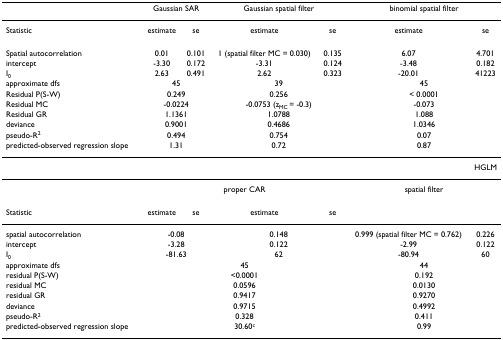
<table><thead><tr><td></td><td colspan="2"><b>Gaussian SAR</b></td><td colspan="2"><b>Gaussian spatial filter</b></td><td colspan="2"><b>binomial spatial filter</b></td></tr></thead><tbody><tr><td>Statistic</td><td>estimate</td><td>se</td><td>estimate</td><td>se</td><td>estimate</td><td>se</td></tr><tr><td>Spatial autocorrelation</td><td>0.01</td><td>0.101</td><td>1 (spatial filter MC = 0.030)</td><td>0.135</td><td>6.07</td><td>4.701</td></tr><tr><td>intercept</td><td>-3.30</td><td>0.172</td><td>-3.31</td><td>0.124</td><td>-3.48</td><td>0.182</td></tr><tr><td>I<sub>0</sub></td><td>2.63</td><td>0.491</td><td>2.62</td><td>0.323</td><td>-20.01</td><td>41223</td></tr><tr><td>approximate dfs</td><td colspan="2">45</td><td colspan="2">39</td><td colspan="2">45</td></tr><tr><td>Residual P(S-W)</td><td colspan="2">0.249</td><td colspan="2">0.256</td><td colspan="2">&lt; 0.0001</td></tr><tr><td>Residual MC</td><td colspan="2">-0.0224</td><td colspan="2">-0.0753 (z<sub>MC </sub>= -0.3)</td><td colspan="2">-0.073</td></tr><tr><td>Residual GR</td><td colspan="2">1.1361</td><td colspan="2">1.0788</td><td colspan="2">1.088</td></tr><tr><td>deviance</td><td colspan="2">0.9001</td><td colspan="2">0.4686</td><td colspan="2">1.0346</td></tr><tr><td>pseudo-R<sup>2</sup></td><td colspan="2">0.494</td><td colspan="2">0.754</td><td colspan="2">0.07</td></tr><tr><td>predicted-observed regression slope</td><td colspan="2">1.31</td><td colspan="2">0.72</td><td colspan="2">0.87</td></tr><tr><td colspan="7">HGLM</td></tr><tr><td></td><td colspan="4">proper CAR</td><td colspan="2">spatial filter</td></tr><tr><td>Statistic</td><td>estimate</td><td>se</td><td>estimate</td><td>se</td><td></td><td></td></tr><tr><td>spatial autocorrelation</td><td colspan="2">-0.08</td><td colspan="2">0.148</td><td>0.999 (spatial filter MC = 0.762)</td><td>0.226</td></tr><tr><td>intercept</td><td colspan="2">-3.28</td><td colspan="2">0.122</td><td>-2.99</td><td>0.122</td></tr><tr><td>I<sub>0</sub></td><td colspan="2">-81.63</td><td colspan="2">62</td><td>-80.94</td><td>60</td></tr><tr><td>approximate dfs</td><td colspan="4">45</td><td colspan="2">44</td></tr><tr><td>residual P(S-W)</td><td colspan="4">&lt;0.0001</td><td colspan="2">0.192</td></tr><tr><td>residual MC</td><td colspan="4">0.0596</td><td colspan="2">0.0130</td></tr><tr><td>residual GR</td><td colspan="4">0.9417</td><td colspan="2">0.9270</td></tr><tr><td>deviance</td><td colspan="4">0.9715</td><td colspan="2">0.4992</td></tr><tr><td>pseudo-R<sup>2</sup></td><td colspan="4">0.328</td><td colspan="2">0.411</td></tr><tr><td>predicted-observed regression slope</td><td colspan="4">30.60<sup>c</sup></td><td colspan="2">0.99</td></tr></tbody></table>